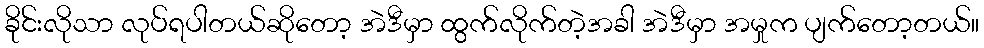
ခိုင်းလိုသာ လုပ်ရပါတယ်ဆိုတော့ အဲဒီမှာ ထွက်လိုက်တဲ့အခါ အဲဒီမှာ အမှုက ပျက်တော့တယ်။